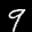
Label: 9